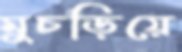
মুচড়িয়ে